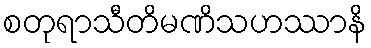
စတုရာသီတိမဏိသဟဿာနိ